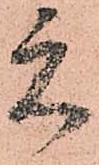
元